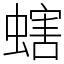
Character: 螛